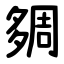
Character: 㚋